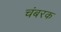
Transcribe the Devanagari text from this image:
चंबरक